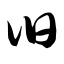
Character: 臼